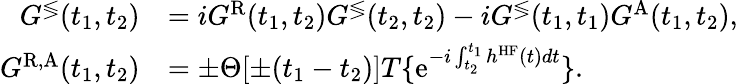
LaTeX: \begin{array}{rl}{G^{\lessgtr}(t_{1},t_{2})}&{=iG^{\mathrm{R}}(t_{1},t_{2})G^{\lessgtr}(t_{2},t_{2})-iG^{\lessgtr}(t_{1},t_{1})G^{\mathrm{A}}(t_{1},t_{2}),}\\ {G^{\mathrm{R,A}}(t_{1},t_{2})}&{=\pm\Theta[\pm(t_{1}-t_{2})]T\{ \mathrm{e}^{-i\int_{t_{2}}^{t_{1}}h^{\textrm{HF}}(t)dt}\} .}\end{array}